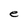
Character: e